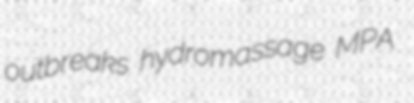
outbreaks hydromassage MPA